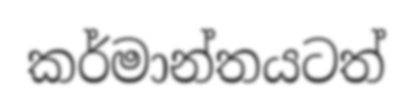
කර්මාන්තයටත්